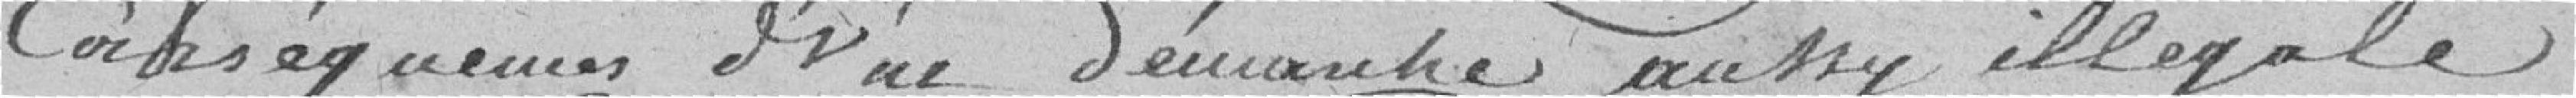
conséquences d'une demande aussi illégale